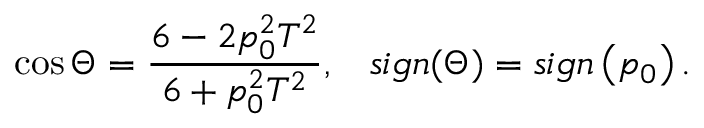
\cos \Theta = \frac { 6 - 2 p _ { 0 } ^ { 2 } T ^ { 2 } } { 6 + p _ { 0 } ^ { 2 } T ^ { 2 } } , \; \; \; s i g n ( \Theta ) = s i g n \left( p _ { 0 } \right) .